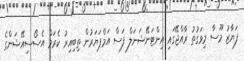
ފަޔާޒު މޫސާ މިވަގުތު ރާއްޖޭގައި އިންޓަނޭޝަނަލް ފަސް އަމްޕަޔަރުން ތިބިއިރު ކެރަމް އެސޯސިއޭޝަންގެ